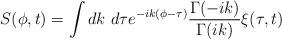
LaTeX: \begin{align*}S(\phi,t) = \int dk~d\tau e^{-ik(\phi-\tau)}{\Gamma (-ik) \over \Gamma (ik)} \xi (\tau,t)\end{align*}